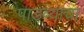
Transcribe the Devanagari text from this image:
पाडव्याचा